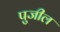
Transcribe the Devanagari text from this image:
पुजील